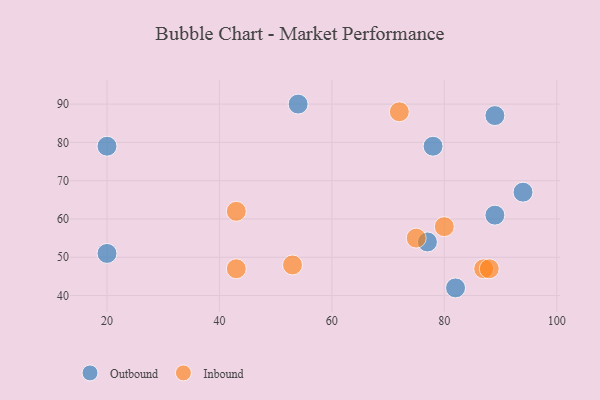
{"axis": {"x": "GDP", "y": "Life Expectancy"}, "legend": ["Inbound", "Outbound"], "data": [{"x": "78", "y": 79, "type": "Outbound"}, {"x": "20", "y": 51, "type": "Outbound"}, {"x": "89", "y": 87, "type": "Outbound"}, {"x": "82", "y": 42, "type": "Outbound"}, {"x": "94", "y": 67, "type": "Outbound"}, {"x": "20", "y": 79, "type": "Outbound"}, {"x": "89", "y": 61, "type": "Outbound"}, {"x": "54", "y": 90, "type": "Outbound"}, {"x": "77", "y": 54, "type": "Outbound"}, {"x": "72", "y": 88, "type": "Inbound"}, {"x": "43", "y": 62, "type": "Inbound"}, {"x": "75", "y": 55, "type": "Inbound"}, {"x": "80", "y": 58, "type": "Inbound"}, {"x": "87", "y": 47, "type": "Inbound"}, {"x": "88", "y": 47, "type": "Inbound"}, {"x": "53", "y": 48, "type": "Inbound"}, {"x": "43", "y": 47, "type": "Inbound"}]}